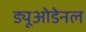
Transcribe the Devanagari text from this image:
ड्यूओडेनल